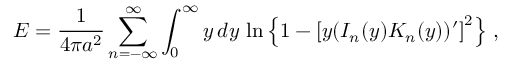
E = \frac { 1 } { 4 \pi a ^ { 2 } } \sum _ { n = - \infty } ^ { \infty } \int _ { 0 } ^ { \infty } y \, d y \, \ln \left\{ 1 - \left[ y ( I _ { n } ( y ) K _ { n } ( y ) ) ^ { \prime } \right] ^ { 2 } \right\} \, ,